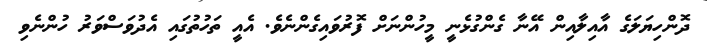
ދޮންހިޔަލަގެ އާއިލާއިން އޭނާ ގެންގުޅެނީ މީހުންނަށް ފޮރުވައިގެންނެވެ. އެއީ ތަހުތުގައި އެދުވަސްވަރު ހުންނެވި